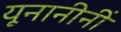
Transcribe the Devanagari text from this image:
यूनानीनीं